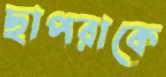
ছাপরাকে